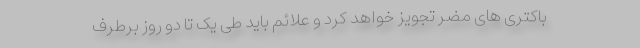
باکتری های مضر تجویز خواهد کرد و علائم باید طی یک تا دو روز برطرف